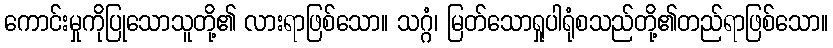
ကောင်းမှုကိုပြုသောသူတို့၏ လားရာဖြစ်သော။ သဂ္ဂံ၊ မြတ်သောရှုပါရုံစသည်တို့၏တည်ရာဖြစ်သော။